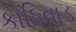
કાઠિવાડ